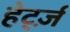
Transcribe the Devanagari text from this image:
हेर्ट्ज़